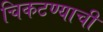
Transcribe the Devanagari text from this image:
चिकटण्याची